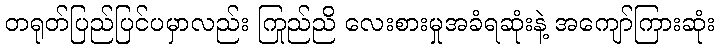
တရုတ်ပြည်ပြင်ပမှာလည်း ကြည်ညို လေးစားမှုအခံရဆုံးနဲ့ အကျော်ကြားဆုံး